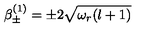
\beta _ { \pm } ^ { ( 1 ) } = \pm 2 \sqrt { \omega _ { r } ( l + 1 ) }